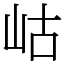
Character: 岵